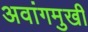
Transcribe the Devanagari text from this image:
अवांगमुखी